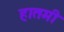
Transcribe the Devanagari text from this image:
हातमी